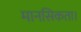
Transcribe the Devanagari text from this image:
मानसिकता।